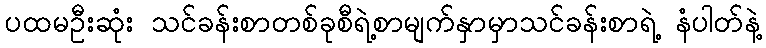
ပထမဦးဆုံး သင်ခန်းစာတစ်ခုစီရဲ့စာမျက်နှာမှာသင်ခန်းစာရဲ့ နံပါတ်နဲ့